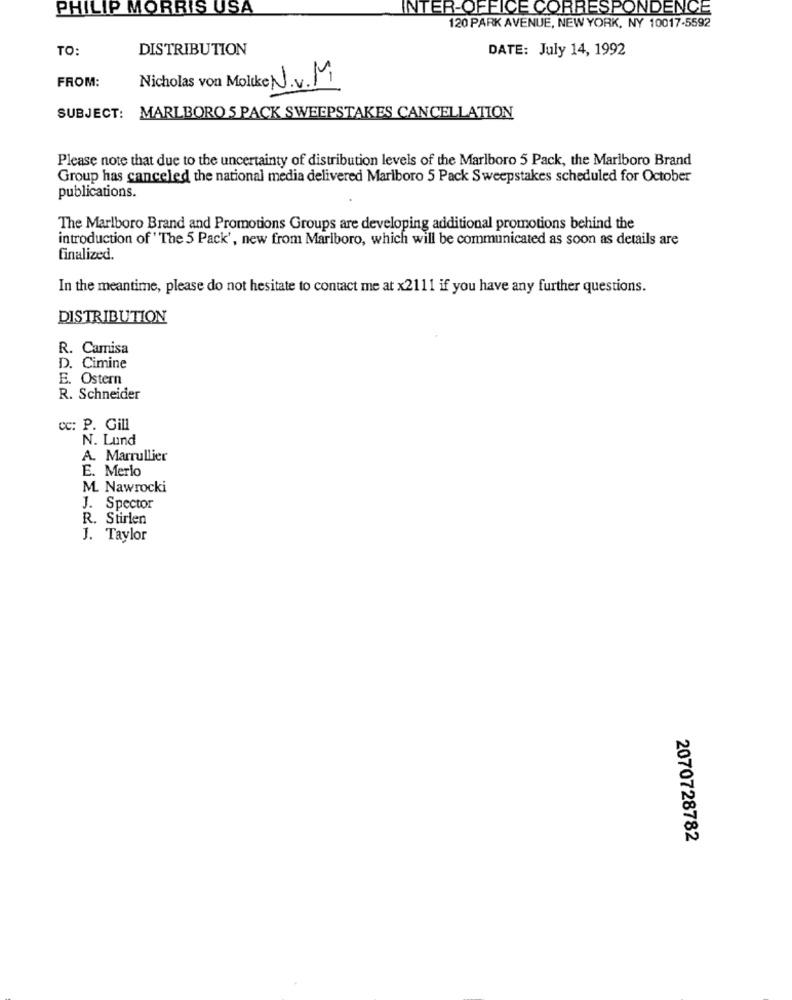
PHILIP MORRIS USA
INTER-OFFICE CORRESPONDENCE
120 PARK AVENUE, NEW YORK, NY 10017-5592
TO:
DISTRIBUTION
DATE: July 14, 1992
FROM:
Nicholas von Moltke N.v. M
SUBJECT: MARLBORO 5 PACK SWEEPSTAKES CANCELLATION
Please note that due to the uncertainty of distribution levels of the Marlboro 5 Pack, the Marlboro Brand
Group has canceled the national media delivered Marlboro 5 Pack Sweepstakes scheduled for October
publications.
The Marlboro Brand and Promotions Groups are developing additional promotions behind the
introduction of ' The 5 Pack', new from Marlboro, which will be communicated as soon as details are
finalized.
In the meantime, please do not hesitate to contact me at x2111 if you have any further questions.
DISTRIBUTION
R. Camisa
D. Cimine
E. Ostern
R. Schneider
cc: P. Gill
N. Lund
A. Marrullier
E. Merio
M. Nawrocki
J. Spector
R. Stirlen
J. Taylor
2070728782